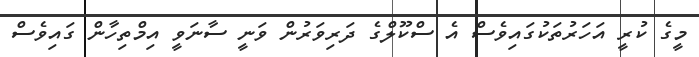
މީގެ ކުރީ އަހަރުތަކުގައިވެސް އެ ސްކޫލްގެ ދަރިވަރުން ވަނީ ސާނަވީ އިމްތިހާން ގައިވެސް